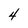
Character: 4